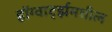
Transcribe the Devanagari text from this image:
हॉग्वार्ट्झमधील